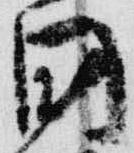
国